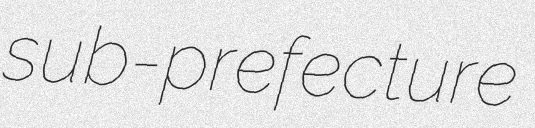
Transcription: sub-prefecture